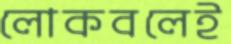
লোকবলেই